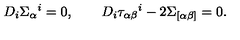
D _ { i } \Sigma _ { \alpha } { } ^ { i } = 0 , \qquad D _ { i } \tau _ { \alpha \beta } { } ^ { i } - 2 \Sigma _ { [ \alpha \beta ] } = 0 .